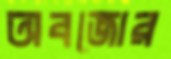
অবজোর